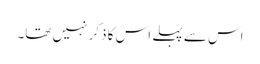
اس سے پہلے اس کا ذکر نہیں تھا۔